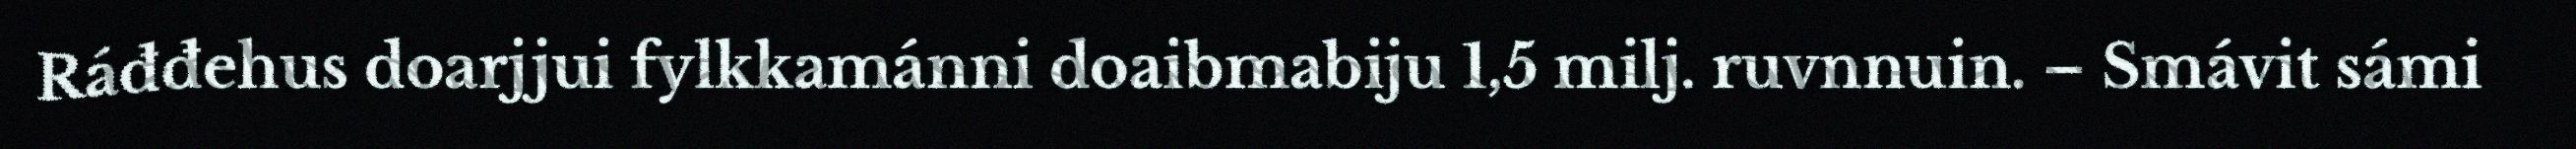
Ráđđehus doarjjui fylkkamánni doaibmabiju 1,5 milj. ruvnnuin. – Smávit sámi